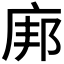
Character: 𫷪